Statistical return of the lunatic asylum in Assam - 1912-1932
Year: 1912
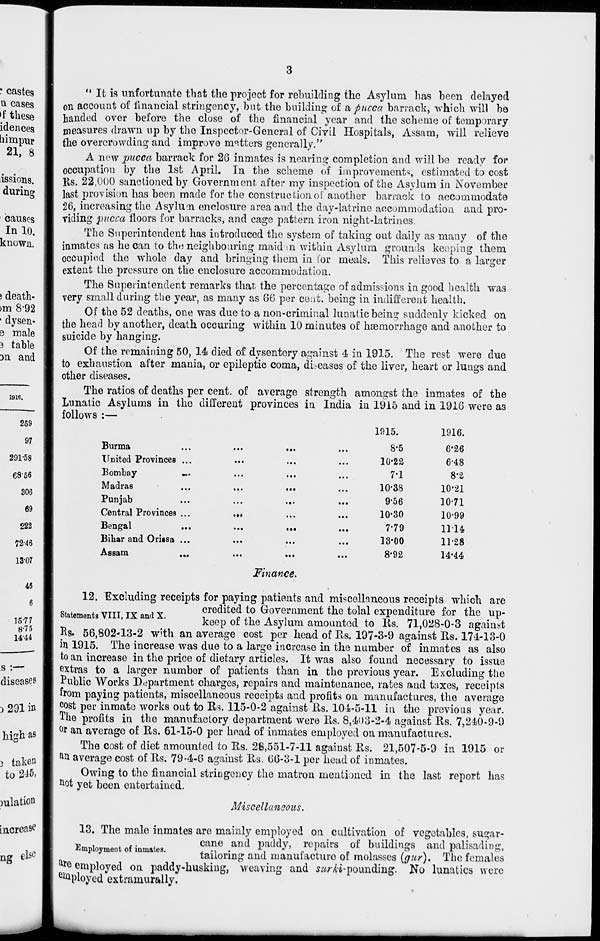
• castes
n cases
»f these
idences
liimpur
21, 8
issions.
during
causes
In 10.
known.
) death-
>m 8-92
■ dysen-
e male
3 table
3n and
1916.
259
97
291-58
6856
306
69
222
72-46
13-07
46
6
15-77
8-75
1444
s :—
diseases
i 291 in
high as
3 taken
to 215.
mlation
increase
ng els c
" It is unfortunate that the project for rebuilding the Asylum has been delayed
on account of iinancial stringency, but the building of a pucca barrack, which will bo
handed over before the close of the financial year and the scheme of temporary
measures drawn up by the Inspector-General of Civil Hospitals, Assam, will relieve
the overcrowding and improve matters generally."
A new pucca barrack for 26 inmates is nearing completion and will be ready for
occupation by the 1st April. In the scheme of improvements estimated to cost
Ks. 22,000 sanctioned by Government after my inspection of the Asylum in November
last provision has been made for the construe tionol" another barrack to accommodate
26, increasing the Asylucn enclosure area and the day-latrine accommodation and pro-
viding pucca floors for barracks, and cage pattern iron night-latrines.
The Superintendent has introduced the system of taking out daily as mauy of the
inmates as he can to the neighbouring maid .n within Asylum grounds keeping them
occupied the whole day and bringing them in lor meals. This relieves to a larger
extent the pressure on the enclosure accommodation.
The Superintendent remarks that the percentage of admissions in good health was
very small during the year, as many as 66 per cent, being in indifferent health.
Of the 52 deaths, one was clue to a non-criminal lunatic being suddenly kicked on
the head by another, death occuring within 10 minutes of haemorrhage and another to
suicide by hanging.
Of the remaining 50, 14 died of dysentery against 4 in 1915. The rest were due
to exhaustion after mania, or epileptic coma, diseases of the liver, heart or lungs and
other diseases.
The ratios of deaths per cent, of average strength amongst the inmates of the
Lunatic Asylums in the different provinces in India in 1915 and in 1916 were as
follows :—
1915.
1916.
Burma
United Provinces ...
Bombay
«.
Madras
Punjab
Central Provinces ...
Bengal
Bihar and Oricsa ...
Assam
Finance.
12. Excluding receipts for paying patients and miscellaneous receipts which are
c ,
_ TTT T „ , „
credited to Government the tolal expenditure for the up-
StatementsViH.lXandX.
keep of the Asylum amountod to Its. 71,028-0-3 against
Ks. 56,802-13-2 with an average cost per head of Rs„ 197-3-9 against Rs. 174-13-0
in 1915. The increase was due to a large increase in the number of inmates as also
to an increase in the price of dietary articles. It was also found necessary to issue
extras to a larger number of patients than in the previous year. Excluding the
Public Works Department charges, repairs and maintenance, rates and taxes, receipts
from paying patients, miscellaneous receipts and profits on manufactures, the average
cost per inmate works out to Us. 115-0-2 against Us. 104-5-11 in the previous year.
The profits in the manufactory department were Its. 8,403-2-4 against Rs. 7,240-9-9
or an average of Its. 61-15-0 per head of inmates employed on manufactures.
The cost of diet amounted to Rs. 26,551-7-11 against Its. 21,507-5-9 in 1915 or
an average cost of Rs. 79-4-6 against Rs, 66-3-1 per head of inmates.
Owing to the financial stringency the matron mentioned in the last report has
Hot yet been entertained.
Miscellaneous.
13. The male inmates are mainly employed on cultivation of vegetables, sugar-
•«
,..
cane and paddy, repairs of buildings and palisading,
Employment of inmates.
, .,
i
i- A
c
i
/
\
m7i a
I
tailoring and manuiacture of molasses (gur). The females
ar e employed on paddy-husking, weaving and s/^i-pounding. No lunatics were
em ployed extrarnuraily.
•••
8-5
6-26
10-22
6-48
7-1
8-2
10-38
10-21
9'56
10-71
10-30
10-99
7-79
1114
13-00
11-28
8-92
14-44